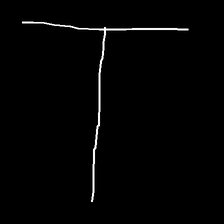
Glyph: column